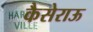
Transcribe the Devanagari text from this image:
कैसेराऊ